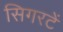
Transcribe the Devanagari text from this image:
सिगरटें